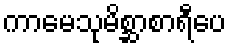
ကာမေသုမိစ္ဆာစာရီပေ